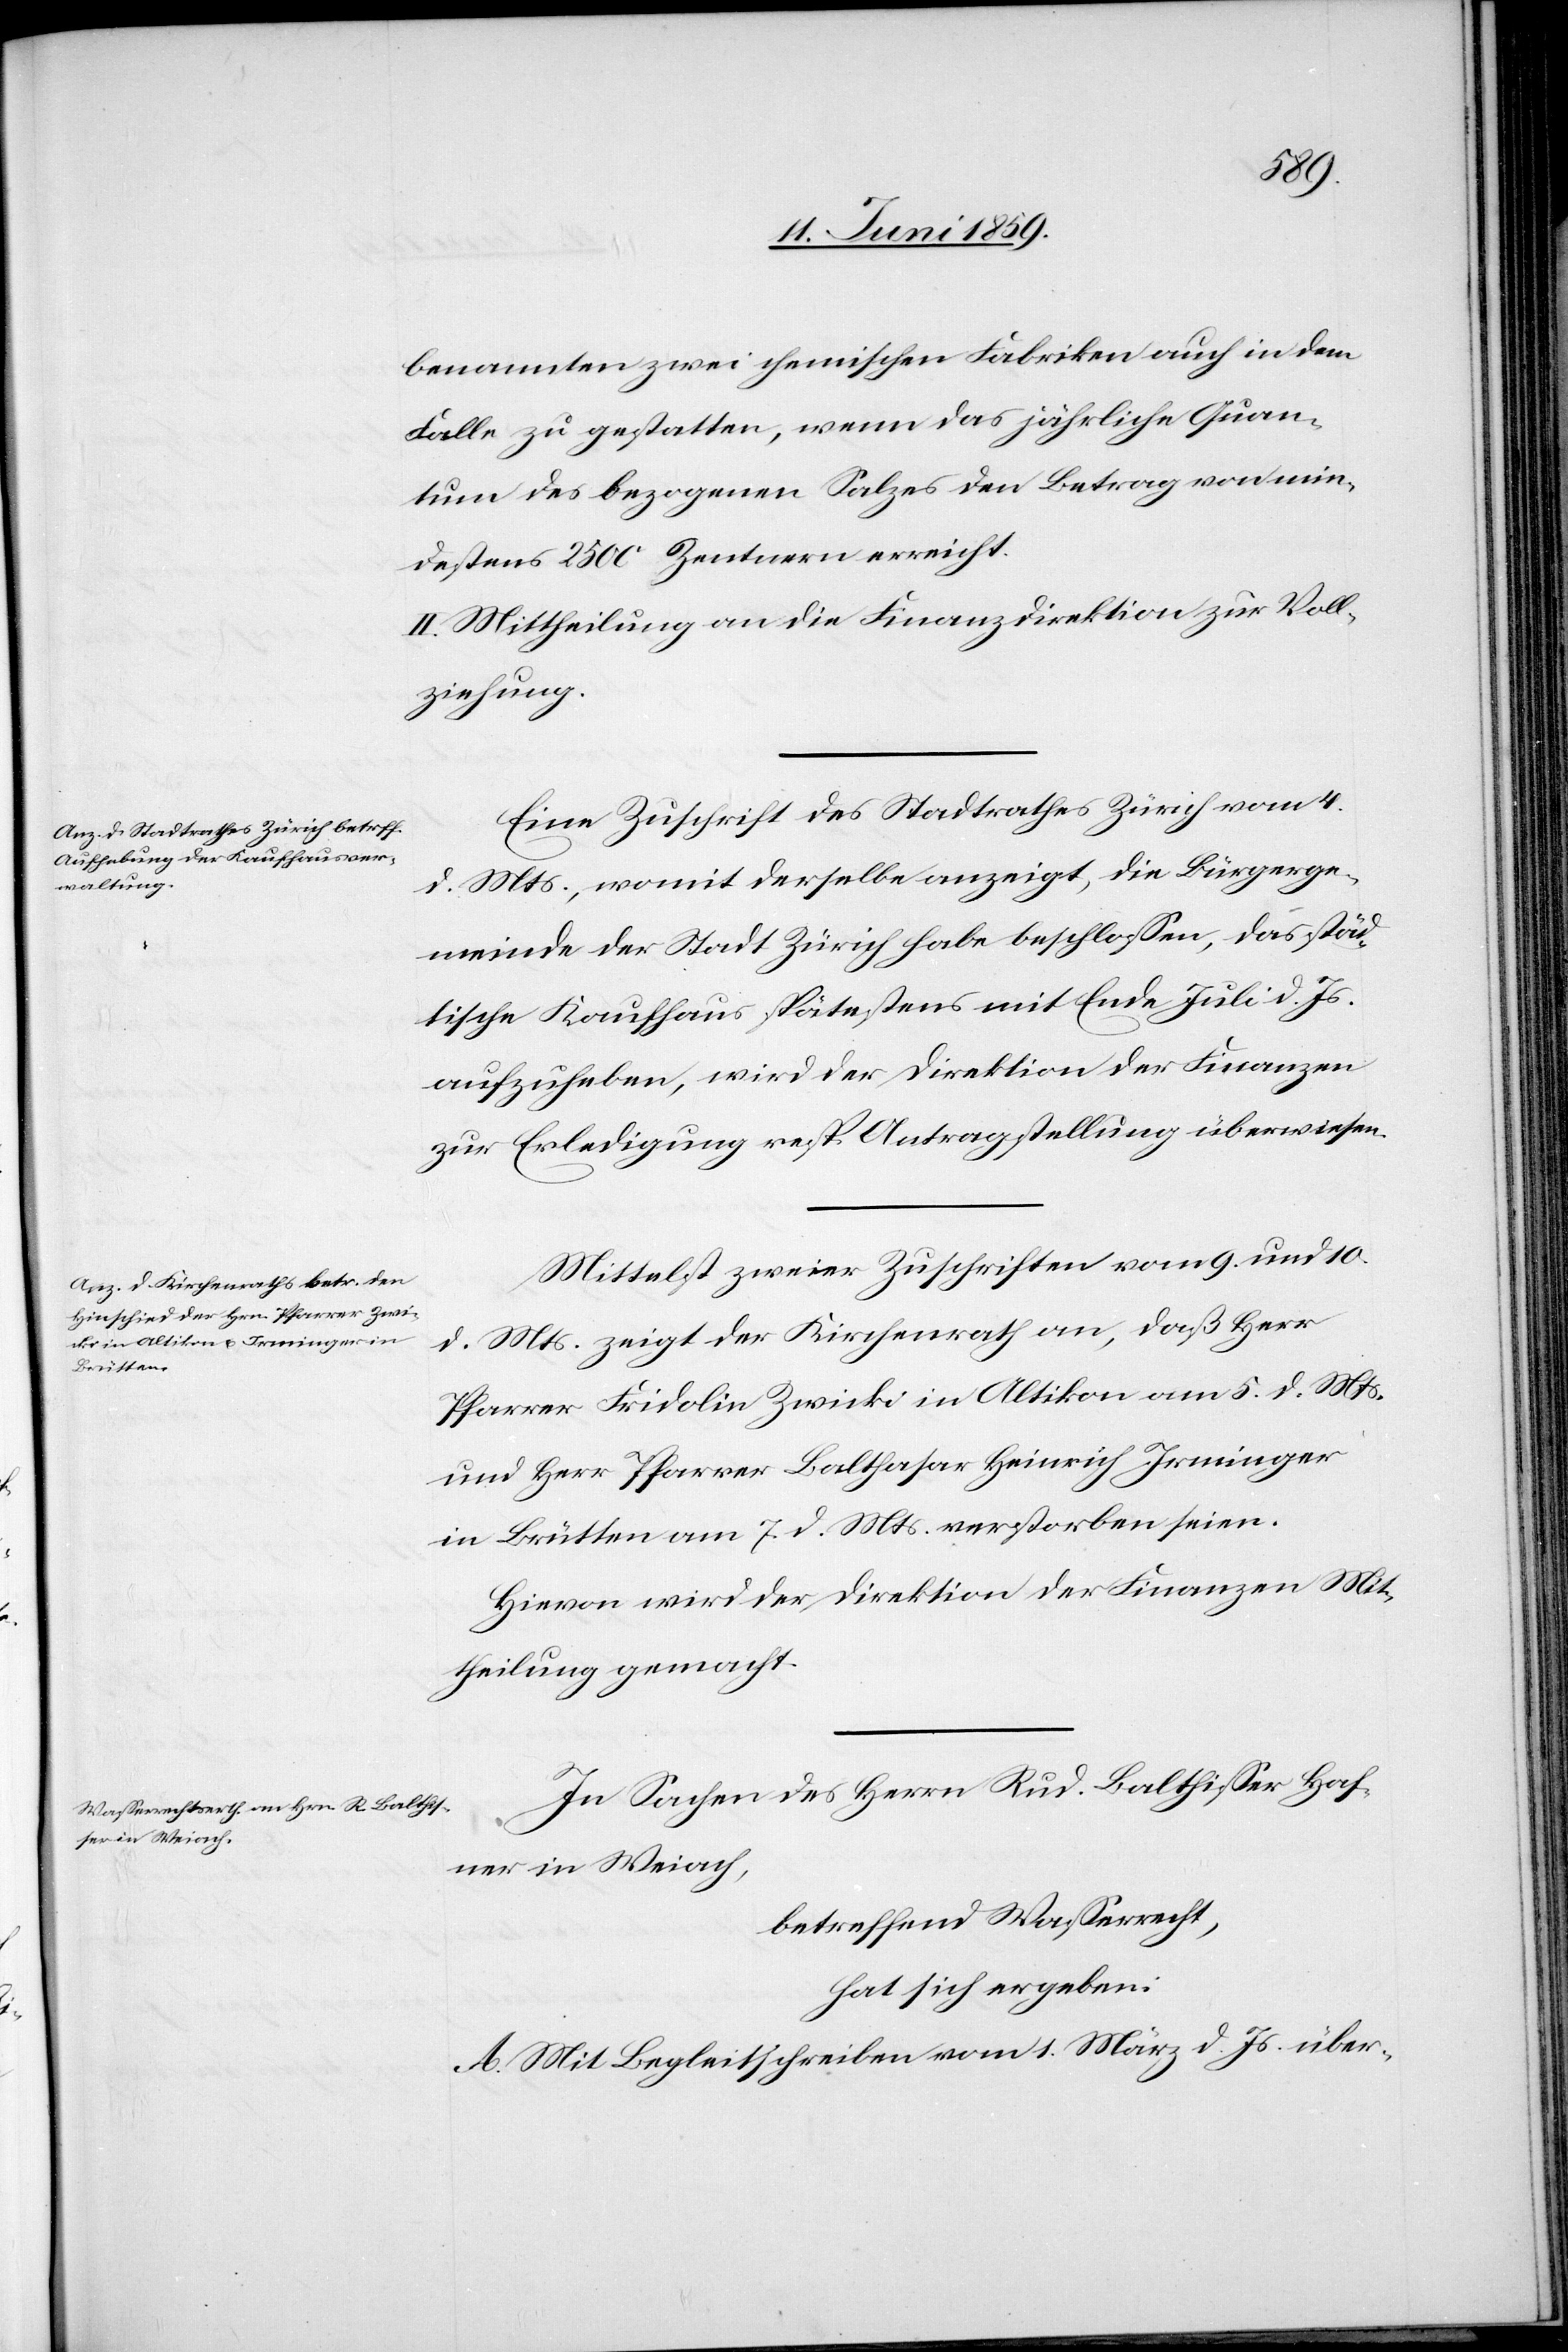
benannten zwei chemischen Fabriken auch in dem
Falle zu gestatten, wenn das jährliche Quan¬
tum des bezogenen Salzes den Betrag von min¬
destens 2500 Zentnern erreicht.
II. Mittheilung an die Finanzdirektion zur Voll¬
ziehung.
Eine Zuschrift des Stadtrathes Zürich vom 4.
d. Mts., womit derselbe anzeigt, die Bürgerge¬
meinde der Stadt Zürich habe beschlossen, das städ¬
tische Kaufhaus spätestens mit Ende Juli d. Js.
aufzuheben, wird der Direktion der Finanzen
zur Erledigung resp. Antragstellung überwiesen.
Mittelst zweier Zuschriften vom 9. und 10.
d. Mts. zeigt der Kirchenrath an, daß Herr
Pfarrer Fridolin Zwicki in Altikon am 5. d. Mts.
und Herr Pfarrer Balthasar Heinrich Irminger
in Brütten am 7.d. Mts. verstorben seien.
Hievon wird der Direktion der Finanzen Mit¬
theilung gemacht.
In Sachen des Herrn Rud. Balthisser Haf¬
ner in Weiach,
betreffend Wasserrecht,
hat sich ergeben:
A. Mit Begleitschreiben vom 1. März d. Js. über-